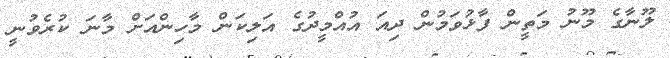
ލޫނާގެ މޫނު މަތީން ފާޅުވަމުން ދިއަ އުއްމީދުގެ އަލިކަން މާހިންއަށް މާނަ ކުރެވުނީ